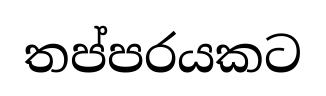
තප්පරයකට